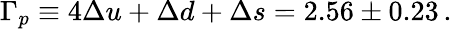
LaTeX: \Gamma_{p}\equiv 4\Delta u+\Delta d+\Delta s=2.56\pm 0.23\, .